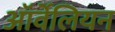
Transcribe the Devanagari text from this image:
ऑर्वेलियन